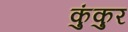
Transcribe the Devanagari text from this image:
कुंकुर